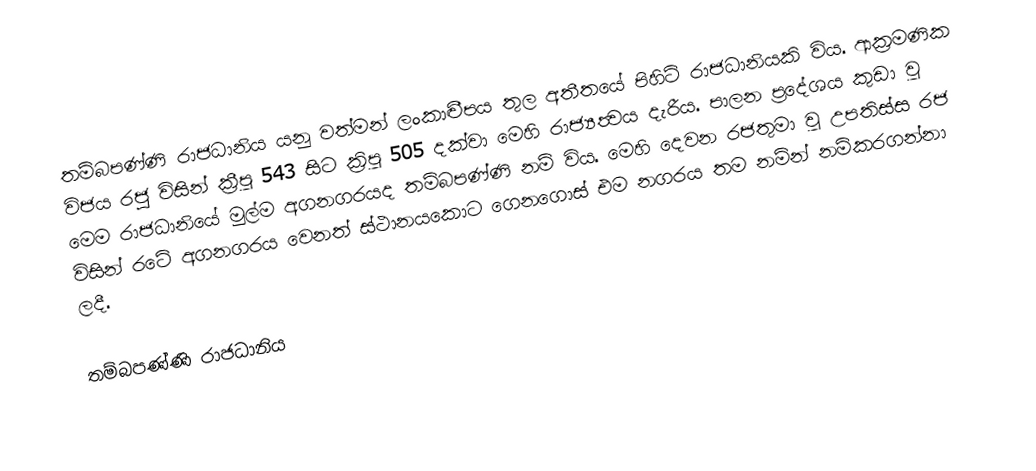
තම්බපණ්ණි රාජධානිය යනු වත්මන් ලංකාද්‍වීපය තුල අතීතයේ පිහිටි රාජධානියකි විය. ආක්‍රමණික විජය රජු විසින්   ක්‍රීපූ 543 සිට ක්‍රිපූ 505 දක්වා මෙහි රාජ්‍යත්‍වය දැරීය. පාලන ප්‍රදේශය කුඩා වූ මෙම රාජධානියේ මුල්ම අගනගරයද තම්බපණ්ණි නම් විය. මෙහි දෙවන රජතුමා වූ උපතිස්ස රජ විසින් රටේ අගනගරය වෙනත් ස්ථානයකොට ගෙනගොස් එම නගරය තම නම්න් නම්කරගන්නා ලදී.

තම්බපණ්ණි රාජධානිය